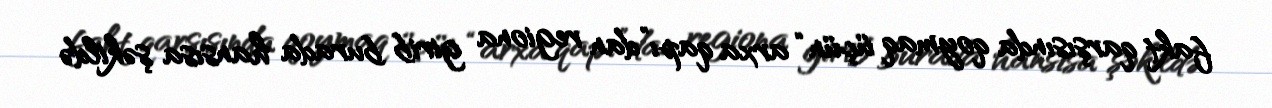
fakt qarşısında qoymaq üçün “arxa qapı”dan regiona girib burada hansısa şəkildə